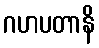
ဂဟပတာနိ